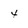
Character: 4